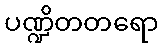
ပဏ္ဍိတတရော